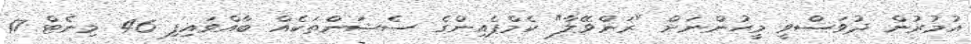
އުމުރުން ދުވަސްވީ މީހުންނަށް "ރަންވޭލާ" ކެމްޕެއިންގެ ސެޝަންތަކެއް ބާއްވައިފި 46 މިނެޓް 17